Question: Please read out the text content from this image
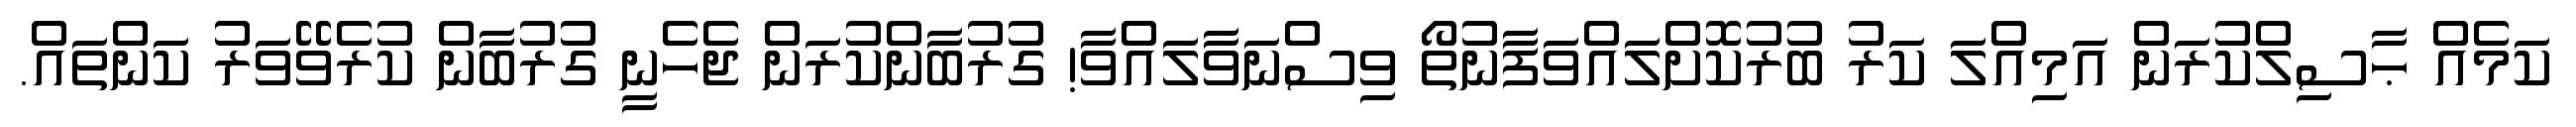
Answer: ކަމެއް ޙާސިލްކުރަން އަމިއްލަ ކަރު ބުރުކޮށްލައްވަފާނުތޯ ވިސްނަވާލައްވާ! ގުރުބާންކުރަން ޖެހެނީ ގުރުބާން ކުރެވޭވަރު ކަންތައް.